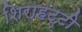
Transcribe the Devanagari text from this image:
शिराहट्टी